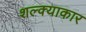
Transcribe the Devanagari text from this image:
शल्क्याकार